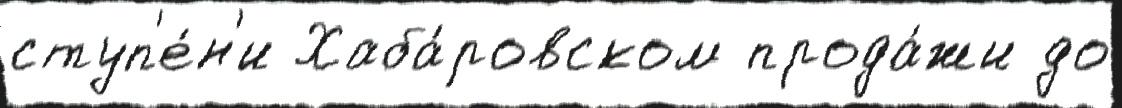
ступ'е́н'и Хаба́ровском прода́жи до